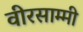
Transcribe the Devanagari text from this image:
वीरसाम्मी